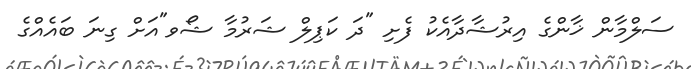
ސަލްމާން ޚާންގެ އިރުޝާދާއެކު ފެށި "ދަ ކަޕިލް ޝަރުމާ ޝޯވ"އަށް ގިނަ ބައެއްގެ